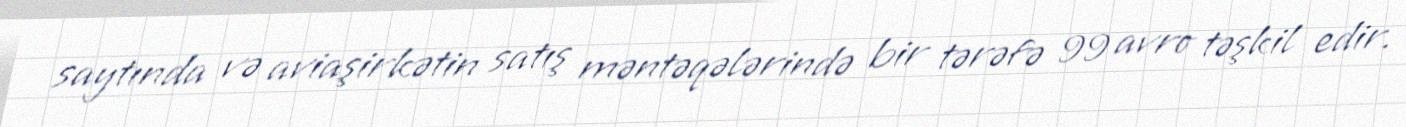
saytında və aviaşirkətin satış məntəqələrində bir tərəfə 99 avro təşkil edir.